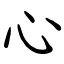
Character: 心